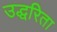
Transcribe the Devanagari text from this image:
उद्धरिता